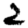
Digit: 2